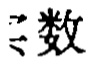
三数